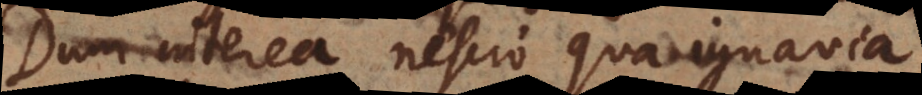
Dum interea nescio qua ignavia